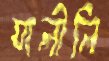
যালীলি